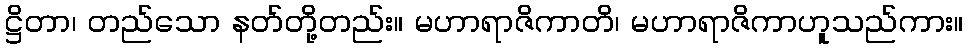
ဋ္ဌိတာ၊ တည်သော နတ်တို့တည်း။ မဟာရာဇိကာတိ၊ မဟာရာဇိကာဟူသည်ကား။